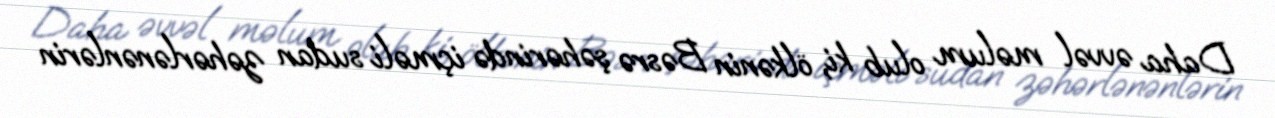
Daha əvvəl məlum olub ki, ölkənin Bəsrə şəhərində içməli sudan zəhərlənənlərin